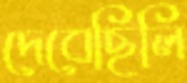
দেবেছিলি